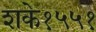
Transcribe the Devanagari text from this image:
शके१५५१